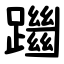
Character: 躖